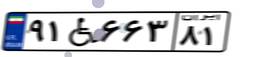
۹۱W۶۶۳۸۱